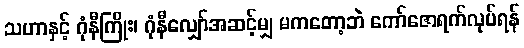
သဟာနှင့် ဂုံနီကြိုး၊ ဂုံနီလျှော်အဆင့်မျှ မကတော့ဘဲ ကော်ဇောရက်လုပ်ရန်